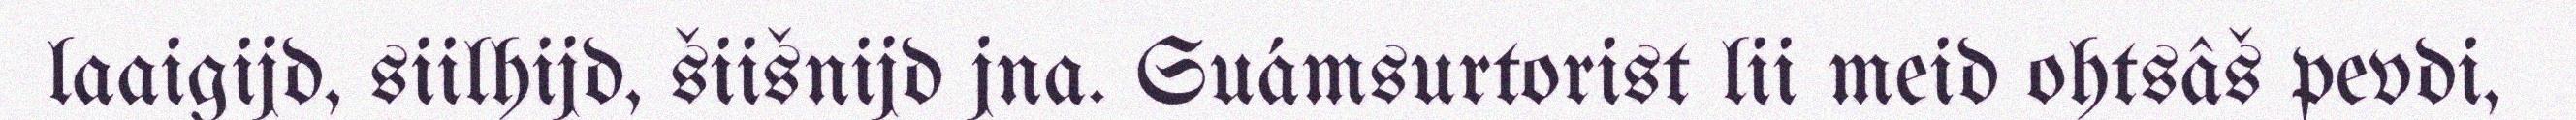
laaigijd, siilhijd, šiišnijd jna. Suámsurtorist lii meid ohtsâš pevdi,